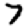
Digit: 7